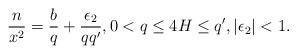
LaTeX: \begin{align*}\frac{n}{x^2} = \frac{b}{q} +\frac{\epsilon_2}{qq'},0<q\le 4H\le q', |\epsilon_2|< 1. \end{align*}